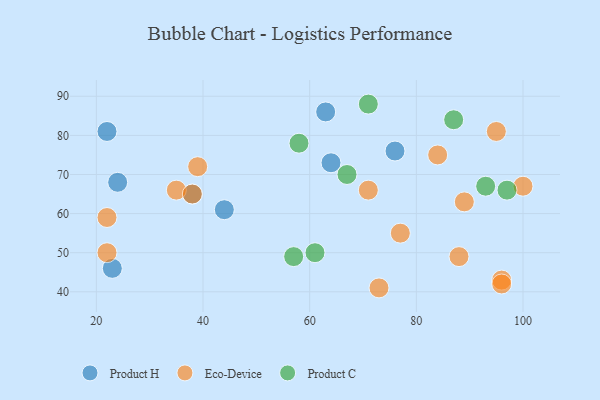
{"axis": {"x": "GDP", "y": "Life Expectancy"}, "legend": ["Eco-Device", "Product C", "Product H"], "data": [{"x": "22", "y": 81, "type": "Product H"}, {"x": "64", "y": 73, "type": "Product H"}, {"x": "76", "y": 76, "type": "Product H"}, {"x": "44", "y": 61, "type": "Product H"}, {"x": "23", "y": 46, "type": "Product H"}, {"x": "63", "y": 86, "type": "Product H"}, {"x": "38", "y": 65, "type": "Product H"}, {"x": "24", "y": 68, "type": "Product H"}, {"x": "35", "y": 66, "type": "Eco-Device"}, {"x": "95", "y": 81, "type": "Eco-Device"}, {"x": "39", "y": 72, "type": "Eco-Device"}, {"x": "96", "y": 43, "type": "Eco-Device"}, {"x": "96", "y": 42, "type": "Eco-Device"}, {"x": "22", "y": 50, "type": "Eco-Device"}, {"x": "73", "y": 41, "type": "Eco-Device"}, {"x": "100", "y": 67, "type": "Eco-Device"}, {"x": "77", "y": 55, "type": "Eco-Device"}, {"x": "71", "y": 66, "type": "Eco-Device"}, {"x": "38", "y": 65, "type": "Eco-Device"}, {"x": "89", "y": 63, "type": "Eco-Device"}, {"x": "88", "y": 49, "type": "Eco-Device"}, {"x": "22", "y": 59, "type": "Eco-Device"}, {"x": "84", "y": 75, "type": "Eco-Device"}, {"x": "58", "y": 78, "type": "Product C"}, {"x": "97", "y": 66, "type": "Product C"}, {"x": "93", "y": 67, "type": "Product C"}, {"x": "61", "y": 50, "type": "Product C"}, {"x": "87", "y": 84, "type": "Product C"}, {"x": "57", "y": 49, "type": "Product C"}, {"x": "71", "y": 88, "type": "Product C"}, {"x": "67", "y": 70, "type": "Product C"}]}